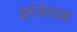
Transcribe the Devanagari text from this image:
इरंजेराल